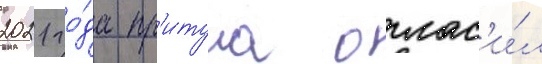
2021 го́да пр'итула оглас'и́л